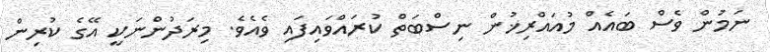
ނަމުން ވެސް ބައެއް މުއައްރިޚުން ނިސްބަތް ކުރައްވައިފައި ވެއެވެ. މިރަދުންނަކީ އޭގެ ކުރިން